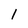
Character: 1